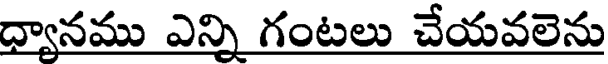
ధ్యానము ఎన్ని గంటలు చేయవలెను